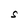
Character: S